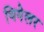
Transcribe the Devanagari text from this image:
थियेलर